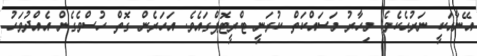
އޭނާއަކީ ނަރުހެކެވެ. މިހާރު މަސައްކަތް ކުރަނީ ޓްރީޓޮޕްގައެވެ. އަހަރެން ގޮތް ހުސްވެގެން އެއްދުވަހު